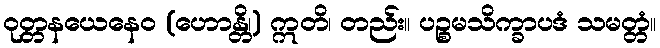
ဝုတ္တနယေနေဝ (ဟောန္တိ၊) ဣတိ၊ တည်း။ ပဉ္စမသိက္ခာပဒံ သမတ္တံ။